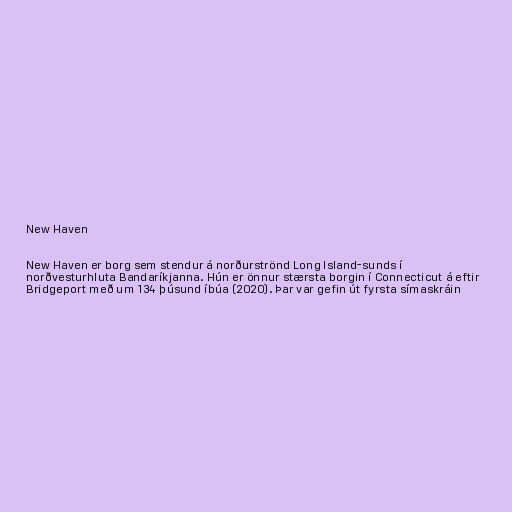
New Haven

New Haven er borg sem stendur á norðurströnd Long Island-sunds í
norðvesturhluta Bandaríkjanna. Hún er önnur stærsta borgin í Connecticut á eftir
Bridgeport með um 134 þúsund íbúa (2020). Þar var gefin út fyrsta símaskráin